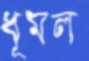
ধূমল